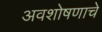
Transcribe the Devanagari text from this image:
अवशोषणाचे